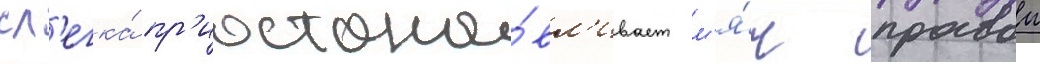
сл'егка́ пр'иостана́вл'ивает м'я́ч правои